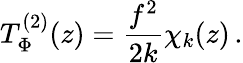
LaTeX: T_{\Phi}^{(2)}(z)=\frac{f^{2}}{2k}\chi_{k}(z)\, .